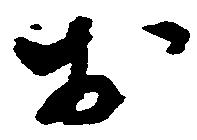
お